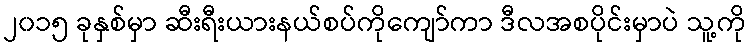
၂၀၁၅ ခုနှစ်မှာ ဆီးရီးယားနယ်စပ်ကိုကျော်ကာ ဒီလအစပိုင်းမှာပဲ သူ့ကို